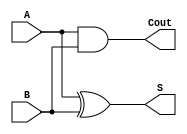
`timescale 1ns / 1ps

//adder without carry in

module halfadder(
    input A,
    input B,
    output S,
    output Cout
    );
    
    assign S = A ^ B; //LSB logic for adder
    assign Cout = A & B; //Carry Out Bit
    
endmodule